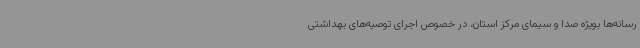
رسانه‌ها بویژه صدا و سیمای مرکز استان، در خصوص اجرای توصیه‌های بهداشتی